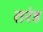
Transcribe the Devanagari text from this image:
तरंह